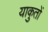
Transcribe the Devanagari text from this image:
याकुतों